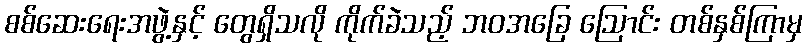
စစ်ဆေးရေးအဖွဲ့နှင့် တွေရှိသလို ကိုက်ခဲသည့် ဘဝအခြေ ဩောင်း တစ်နှစ်ကြာမှ